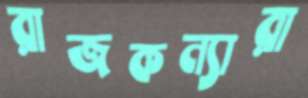
রাজকন্যারা